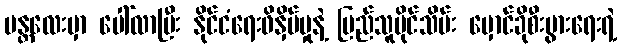
မန္တလေးမှာ ပေါ်လာပြီး နိုင်ငံရေးဖိနှိပ်မှုနဲ့ ပြည်သူပိုင်သိမ်း မှောင်ခိုစီးပွားရေးရဲ့